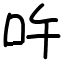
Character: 吘